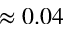
\approx 0 . 0 4